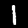
Digit: 1